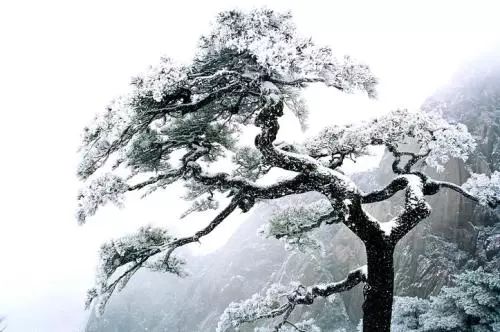
松雪飘寒，岭云吹冻，红破数椒春浅。